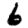
Digit: 6